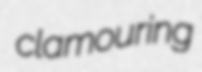
clamouring